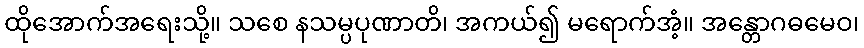
ထိုအောက်အရေးသို့။ သစေ နသမ္ပပုဏာတိ၊ အကယ်၍ မရောက်အံ့။ အန္တောဂဓမေဝ၊